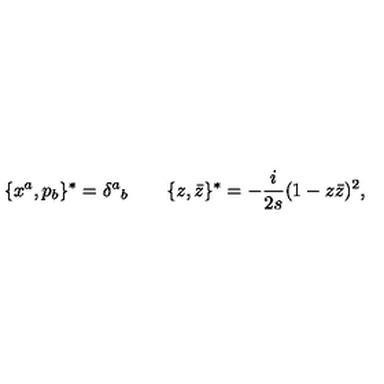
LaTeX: \{ x ^ { a } , p _ { b } \} ^ { \ast } = \delta ^ { a } { } _ { b } \qquad \{ z , \bar { z } \} ^ { \ast } = - \frac { i } { 2 s } ( 1 - z \bar { z } ) ^ { 2 } ,